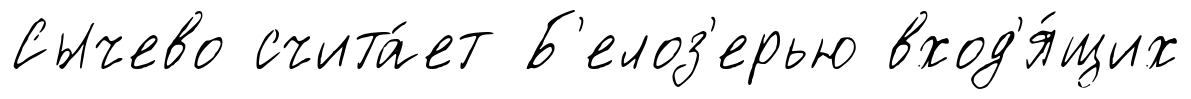
Сычево счита́ет Б'елоз'ерью вход'я́щих